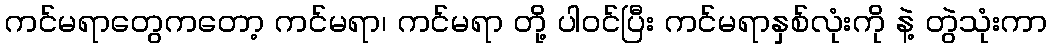
ကင်မရာတွေကတော့ ကင်မရာ၊ ကင်မရာ တို့ ပါ၀င်ပြီး ကင်မရာနှစ်လုံးကို နဲ့ တွဲသုံးကာ